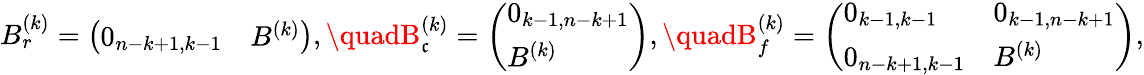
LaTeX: B_{r}^{(k)}=\left(\begin{array}{ll}{0_{n-k+1,k-1}}&{B^{(k)}}\end{array}\right),\quadB_{\mathfrak{c}}^{(k)}=\left(\begin{array}{l}{0_{k-1,n-k+1}}\\ {B^{(k)}}\end{array}\right),\quadB_{f}^{(k)}=\left(\begin{array}{ll}{0_{k-1,k-1}}&{0_{k-1,n-k+1}}\\ {0_{n-k+1,k-1}}&{B^{(k)}}\end{array}\right),